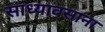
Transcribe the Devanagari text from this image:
साध्यावसाना